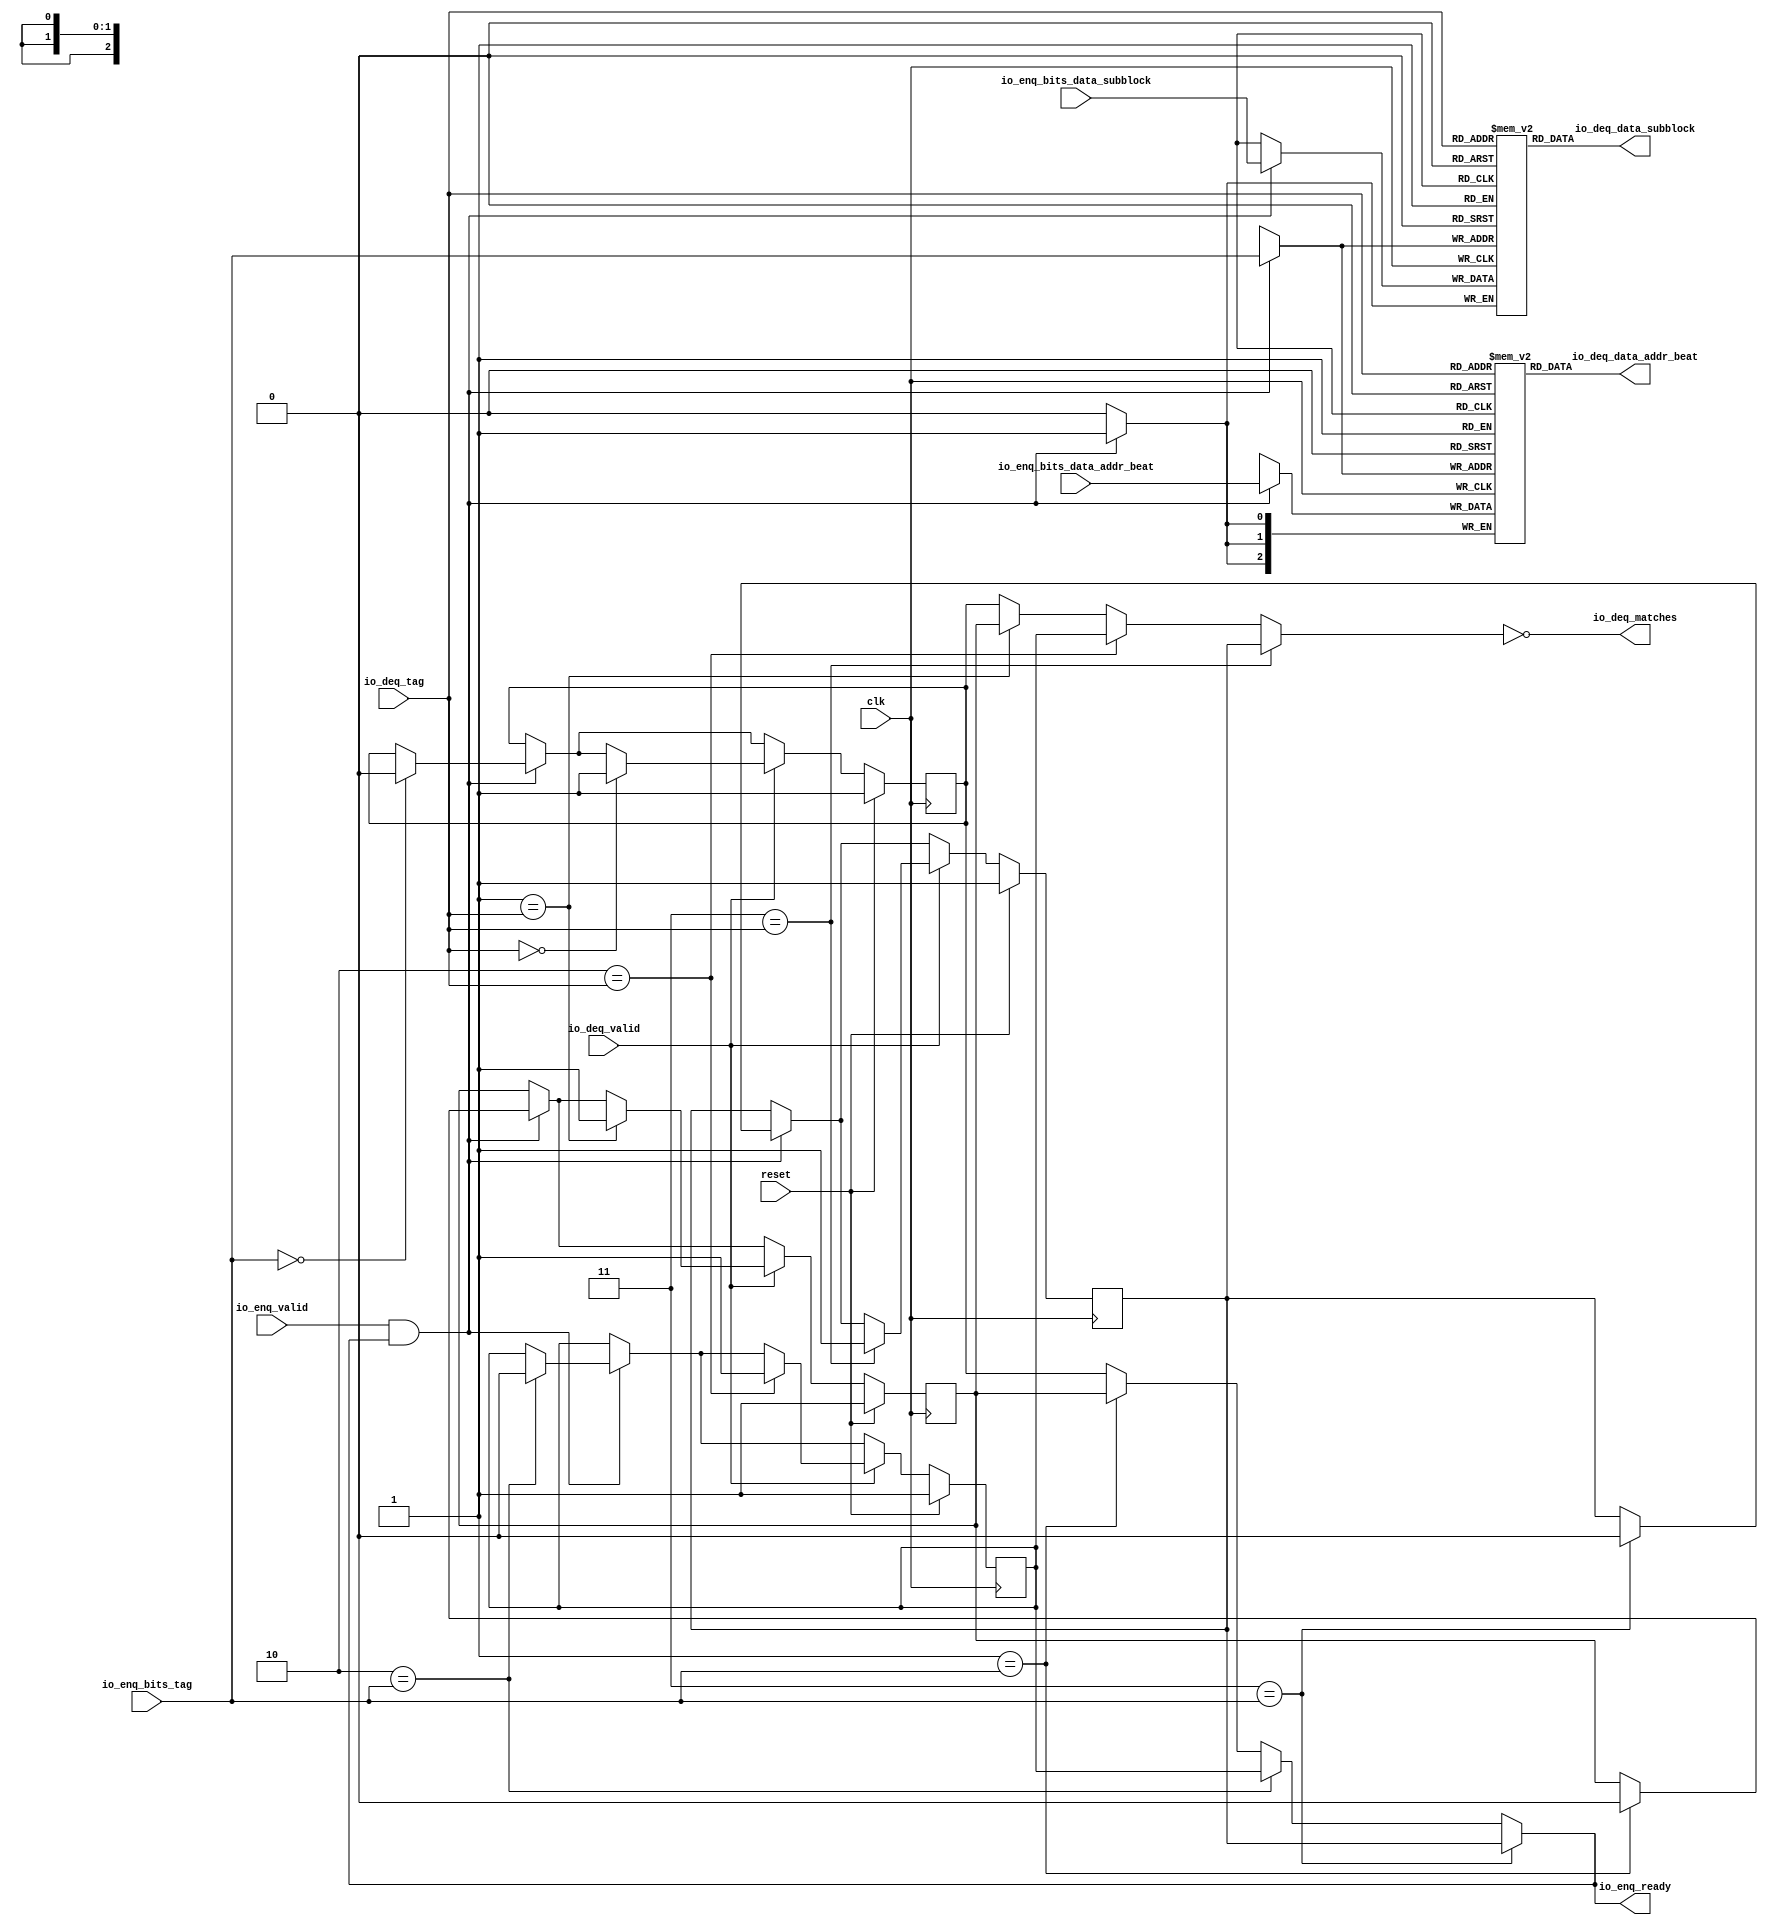
module ReorderQueue_2(
  input   clk,
  input   reset,
  output  io_enq_ready,
  input   io_enq_valid,
  input  [2:0] io_enq_bits_data_addr_beat,
  input   io_enq_bits_data_subblock,
  input  [1:0] io_enq_bits_tag,
  input   io_deq_valid,
  input  [1:0] io_deq_tag,
  output [2:0] io_deq_data_addr_beat,
  output  io_deq_data_subblock,
  output  io_deq_matches
);
  reg [2:0] T_229_addr_beat [0:3];
  reg [31:0] GEN_14;
  wire [2:0] T_229_addr_beat_T_245_data;
  wire [1:0] T_229_addr_beat_T_245_addr;
  wire  T_229_addr_beat_T_245_en;
  wire [2:0] T_229_addr_beat_T_271_data;
  wire [1:0] T_229_addr_beat_T_271_addr;
  wire  T_229_addr_beat_T_271_mask;
  wire  T_229_addr_beat_T_271_en;
  reg  T_229_subblock [0:3];
  reg [31:0] GEN_15;
  wire  T_229_subblock_T_245_data;
  wire [1:0] T_229_subblock_T_245_addr;
  wire  T_229_subblock_T_245_en;
  wire  T_229_subblock_T_271_data;
  wire [1:0] T_229_subblock_T_271_addr;
  wire  T_229_subblock_T_271_mask;
  wire  T_229_subblock_T_271_en;
  wire  T_239_0;
  wire  T_239_1;
  wire  T_239_2;
  wire  T_239_3;
  reg  T_243_0;
  reg [31:0] GEN_16;
  reg  T_243_1;
  reg [31:0] GEN_17;
  reg  T_243_2;
  reg [31:0] GEN_18;
  reg  T_243_3;
  reg [31:0] GEN_19;
  wire  GEN_0;
  wire  GEN_4;
  wire  GEN_5;
  wire  GEN_6;
  wire  GEN_1;
  wire  GEN_7;
  wire  GEN_8;
  wire  GEN_9;
  wire  T_269;
  wire  T_270;
  wire  GEN_2;
  wire  GEN_10;
  wire  GEN_11;
  wire  GEN_12;
  wire  GEN_13;
  wire  GEN_22;
  wire  GEN_23;
  wire  GEN_24;
  wire  GEN_25;
  wire  GEN_3;
  wire  GEN_26;
  wire  GEN_27;
  wire  GEN_28;
  wire  GEN_29;
  wire  GEN_31;
  wire  GEN_32;
  wire  GEN_33;
  wire  GEN_34;
  assign io_enq_ready = GEN_0;
  assign io_deq_data_addr_beat = T_229_addr_beat_T_245_data;
  assign io_deq_data_subblock = T_229_subblock_T_245_data;
  assign io_deq_matches = T_269;
  assign T_229_addr_beat_T_245_addr = io_deq_tag;
  assign T_229_addr_beat_T_245_en = 1'h1;
  assign T_229_addr_beat_T_245_data = T_229_addr_beat[T_229_addr_beat_T_245_addr];
  assign T_229_addr_beat_T_271_data = io_enq_bits_data_addr_beat;
  assign T_229_addr_beat_T_271_addr = io_enq_bits_tag;
  assign T_229_addr_beat_T_271_mask = T_270;
  assign T_229_addr_beat_T_271_en = T_270;
  assign T_229_subblock_T_245_addr = io_deq_tag;
  assign T_229_subblock_T_245_en = 1'h1;
  assign T_229_subblock_T_245_data = T_229_subblock[T_229_subblock_T_245_addr];
  assign T_229_subblock_T_271_data = io_enq_bits_data_subblock;
  assign T_229_subblock_T_271_addr = io_enq_bits_tag;
  assign T_229_subblock_T_271_mask = T_270;
  assign T_229_subblock_T_271_en = T_270;
  assign T_239_0 = 1'h1;
  assign T_239_1 = 1'h1;
  assign T_239_2 = 1'h1;
  assign T_239_3 = 1'h1;
  assign GEN_0 = GEN_6;
  assign GEN_4 = 2'h1 == io_enq_bits_tag ? T_243_1 : T_243_0;
  assign GEN_5 = 2'h2 == io_enq_bits_tag ? T_243_2 : GEN_4;
  assign GEN_6 = 2'h3 == io_enq_bits_tag ? T_243_3 : GEN_5;
  assign GEN_1 = GEN_9;
  assign GEN_7 = 2'h1 == io_deq_tag ? T_243_1 : T_243_0;
  assign GEN_8 = 2'h2 == io_deq_tag ? T_243_2 : GEN_7;
  assign GEN_9 = 2'h3 == io_deq_tag ? T_243_3 : GEN_8;
  assign T_269 = GEN_1 == 1'h0;
  assign T_270 = io_enq_valid & io_enq_ready;
  assign GEN_2 = 1'h0;
  assign GEN_10 = 2'h0 == io_enq_bits_tag ? GEN_2 : T_243_0;
  assign GEN_11 = 2'h1 == io_enq_bits_tag ? GEN_2 : T_243_1;
  assign GEN_12 = 2'h2 == io_enq_bits_tag ? GEN_2 : T_243_2;
  assign GEN_13 = 2'h3 == io_enq_bits_tag ? GEN_2 : T_243_3;
  assign GEN_22 = T_270 ? GEN_10 : T_243_0;
  assign GEN_23 = T_270 ? GEN_11 : T_243_1;
  assign GEN_24 = T_270 ? GEN_12 : T_243_2;
  assign GEN_25 = T_270 ? GEN_13 : T_243_3;
  assign GEN_3 = 1'h1;
  assign GEN_26 = 2'h0 == io_deq_tag ? GEN_3 : GEN_22;
  assign GEN_27 = 2'h1 == io_deq_tag ? GEN_3 : GEN_23;
  assign GEN_28 = 2'h2 == io_deq_tag ? GEN_3 : GEN_24;
  assign GEN_29 = 2'h3 == io_deq_tag ? GEN_3 : GEN_25;
  assign GEN_31 = io_deq_valid ? GEN_26 : GEN_22;
  assign GEN_32 = io_deq_valid ? GEN_27 : GEN_23;
  assign GEN_33 = io_deq_valid ? GEN_28 : GEN_24;
  assign GEN_34 = io_deq_valid ? GEN_29 : GEN_25;
`ifdef RANDOMIZE
  integer initvar;
  initial begin
    `ifndef verilator
      #0.002;
    `endif
  GEN_14 = {1{$random}};
  `ifdef RANDOMIZE
  for (initvar = 0; initvar < 4; initvar = initvar+1)
    T_229_addr_beat[initvar] = GEN_14[2:0];
  `endif
  GEN_15 = {1{$random}};
  `ifdef RANDOMIZE
  for (initvar = 0; initvar < 4; initvar = initvar+1)
    T_229_subblock[initvar] = GEN_15[0:0];
  `endif
  `ifdef RANDOMIZE
  GEN_16 = {1{$random}};
  T_243_0 = GEN_16[0:0];
  `endif
  `ifdef RANDOMIZE
  GEN_17 = {1{$random}};
  T_243_1 = GEN_17[0:0];
  `endif
  `ifdef RANDOMIZE
  GEN_18 = {1{$random}};
  T_243_2 = GEN_18[0:0];
  `endif
  `ifdef RANDOMIZE
  GEN_19 = {1{$random}};
  T_243_3 = GEN_19[0:0];
  `endif
  end
`endif
  always @(posedge clk) begin
    if(T_229_addr_beat_T_271_en & T_229_addr_beat_T_271_mask) begin
      T_229_addr_beat[T_229_addr_beat_T_271_addr] <= T_229_addr_beat_T_271_data;
    end
    if(T_229_subblock_T_271_en & T_229_subblock_T_271_mask) begin
      T_229_subblock[T_229_subblock_T_271_addr] <= T_229_subblock_T_271_data;
    end
    if(reset) begin
      T_243_0 <= T_239_0;
    end else begin
      if(io_deq_valid) begin
        if(2'h0 == io_deq_tag) begin
          T_243_0 <= GEN_3;
        end else begin
          if(T_270) begin
            if(2'h0 == io_enq_bits_tag) begin
              T_243_0 <= GEN_2;
            end
          end
        end
      end else begin
        if(T_270) begin
          if(2'h0 == io_enq_bits_tag) begin
            T_243_0 <= GEN_2;
          end
        end
      end
    end
    if(reset) begin
      T_243_1 <= T_239_1;
    end else begin
      if(io_deq_valid) begin
        if(2'h1 == io_deq_tag) begin
          T_243_1 <= GEN_3;
        end else begin
          if(T_270) begin
            if(2'h1 == io_enq_bits_tag) begin
              T_243_1 <= GEN_2;
            end
          end
        end
      end else begin
        if(T_270) begin
          if(2'h1 == io_enq_bits_tag) begin
            T_243_1 <= GEN_2;
          end
        end
      end
    end
    if(reset) begin
      T_243_2 <= T_239_2;
    end else begin
      if(io_deq_valid) begin
        if(2'h2 == io_deq_tag) begin
          T_243_2 <= GEN_3;
        end else begin
          if(T_270) begin
            if(2'h2 == io_enq_bits_tag) begin
              T_243_2 <= GEN_2;
            end
          end
        end
      end else begin
        if(T_270) begin
          if(2'h2 == io_enq_bits_tag) begin
            T_243_2 <= GEN_2;
          end
        end
      end
    end
    if(reset) begin
      T_243_3 <= T_239_3;
    end else begin
      if(io_deq_valid) begin
        if(2'h3 == io_deq_tag) begin
          T_243_3 <= GEN_3;
        end else begin
          if(T_270) begin
            if(2'h3 == io_enq_bits_tag) begin
              T_243_3 <= GEN_2;
            end
          end
        end
      end else begin
        if(T_270) begin
          if(2'h3 == io_enq_bits_tag) begin
            T_243_3 <= GEN_2;
          end
        end
      end
    end
  end
endmodule